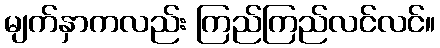
မျက်နှာကလည်း ကြည်ကြည်လင်လင်။